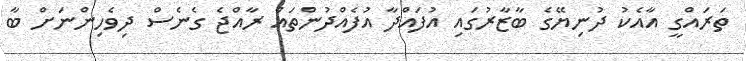
ތަރައްގީ އާއެކު ދުނިޔޭގެ ބާޒާރުގައި އުފައްދާ އުފެއްދުންތައް ރާއްޖެ ގެނެސް ދިވެހިންނަށް ބާ